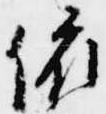
依